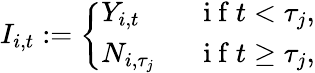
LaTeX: I_{i,t}:=\left\{ \begin{array}{ll}{Y_{i,t}\quad}&{\mathrm{~i~f~}t<\tau_{j},}\\ {N_{i,\tau_{j}}}&{\mathrm{~i~f~}t\geq\tau_{j},}\end{array}\right.